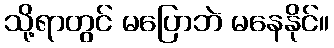
သို့ရာတွင် မပြောဘဲ မနေနိုင်။